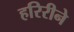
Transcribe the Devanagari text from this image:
हरिरीने